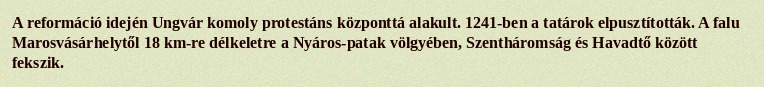
A reformáció idején Ungvár komoly protestáns központtá alakult. 1241-ben a tatárok elpusztították. A falu Marosvásárhelytől 18 km-re délkeletre a Nyáros-patak völgyében, Szentháromság és Havadtő között fekszik.